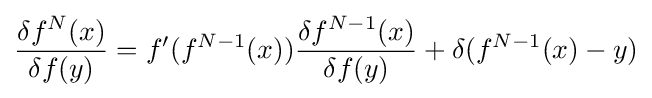
{\frac {\delta f^{N}(x)}{\delta f(y)}}=f'(f^{N-1}(x)){\frac {\delta f^{N-1}(x)}{\delta f(y)}}+\delta (f^{N-1}(x)-y)